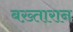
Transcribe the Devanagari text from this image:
बख़्तारान